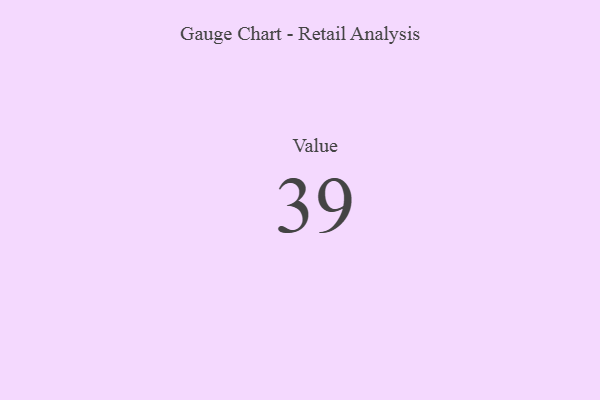
{"axis": {"x": "Metric", "y": "Value"}, "legend": [""], "data": [{"x": "Value", "y": 39, "type": ""}]}